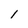
Character: l